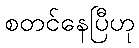
စတင်နေပြီဟု